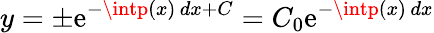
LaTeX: y=\pm\mathrm{e}^{-\intp(x)\, dx+C}=C_{0}\mathrm{e}^{-\intp(x)\, dx}